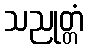
သညုတ္တံ